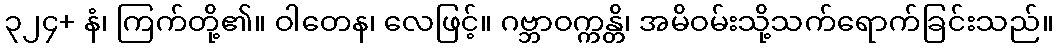
၃၂၄+ နံ၊ ကြက်တို့၏။ ဝါတေန၊ လေဖြင့်။ ဂဗ္ဘာဝက္ကန္တိ၊ အမိဝမ်းသို့သက်ရောက်ခြင်းသည်။